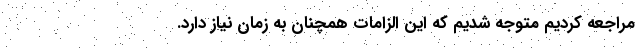
مراجعه کردیم متوجه شدیم که این الزامات همچنان به زمان نیاز دارد.